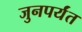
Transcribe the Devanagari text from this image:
जुनपर्यंत